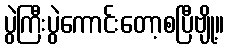
ပွဲကြီးပွဲကောင်းတော့စပြီဗျို့။